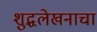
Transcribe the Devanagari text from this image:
शुद्धलेखनाचा